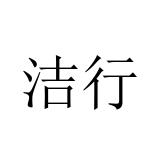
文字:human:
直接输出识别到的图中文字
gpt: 洁行